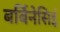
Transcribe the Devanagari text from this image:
बर्बिनेसिई